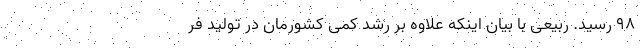
٩٨ رسید. ربیعی با بیان اینکه علاوه بر رشد کمی کشورمان در تولید فر